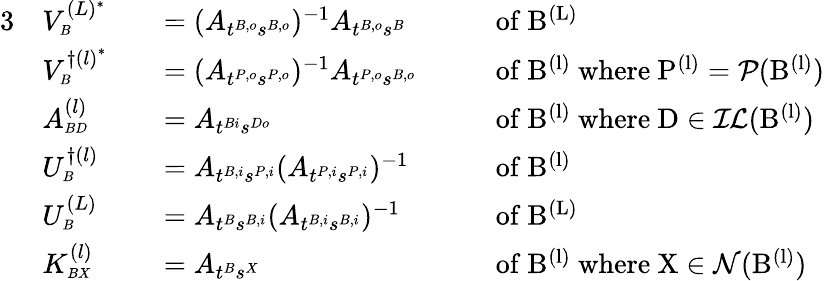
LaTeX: \begin{array}{rlrlrl}{{3}}&{V_{\scriptscriptstyle B}^{{(L)^{*}}}}&&{=(A_{t^{B,o}s^{B,o}})^{-1}A_{t^{B,o}s^{B}}}&&{\mathrm{\; \; ~of~B^{(L)}~}}\\ &{V_{\scriptscriptstyle B}^{{\dagger(l)}^{*}}}&&{=(A_{t^{P,o}s^{P,o}})^{-1}A_{t^{P,o}s^{B,o}}}&&{\mathrm{\; \; ~of~B^{(l)}~where~P^{(l)}=\mathcal{P}(B^{(l)})~}}\\ &{A_{\scriptscriptstyle BD}^{(l)}}&&{=A_{t^{Bi}s^{Do}}}&&{\mathrm{\; \; ~of~B^{(l)}~where~D\in\mathcal{IL}(B^{(l)})~}}\\ &{U_{\scriptscriptstyle B}^{\dagger(l)}}&&{=A_{t^{B,i}s^{P,i}}(A_{t^{P,i}s^{P,i}})^{-1}}&&{\mathrm{\; \; ~of~B^{(l)}~}}\\ &{U_{\scriptscriptstyle B}^{(L)}}&&{=A_{t^{B}s^{B,i}}(A_{t^{B,i}s^{B,i}})^{-1}}&&{\mathrm{\; \; ~of~B^{(L)}~}}\\ &{K_{\scriptscriptstyle BX}^{(l)}}&&{=A_{t^{B}s^{X}}}&&{\mathrm{\; \; ~of~B^{(l)}~where~X\in\mathcal{N}(B^{(l)})~}}\end{array}